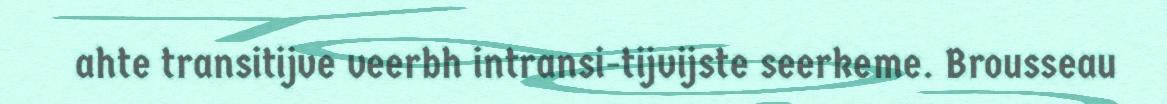
ahte transitijve veerbh intransi-tijvijste seerkeme. Brousseau